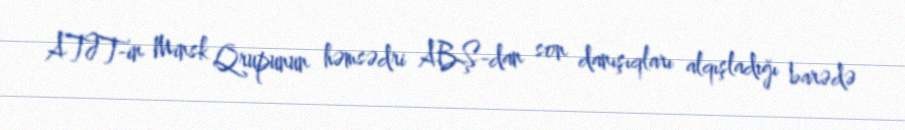
ATƏT-in Minsk Qrupunun həmsədri ABŞ-dan son danışıqları alqışladığı barədə